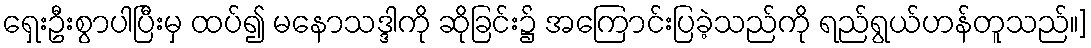
ရှေးဦးစွာပါပြီးမှ ထပ်၍ မနောသဒ္ဒါကို ဆိုခြင်း၌ အကြောင်းပြခဲ့သည်ကို ရည်ရွယ်ဟန်တူသည်။]